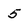
Character: 5